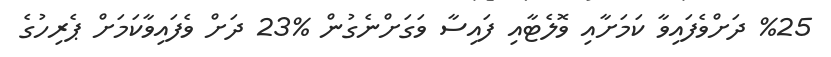
%25 ދަށްވެފައިވާ ކަމަށާއި ވޮލެޓާއި ފައިސާ ވަގަށްނެގުން %23 ދަށް ވެފައިވާކަމަށް ޕެރިހުގެ